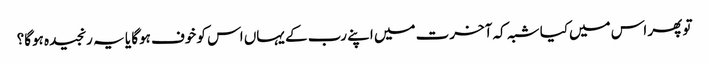
تو پھر اس میں‌کیا شبہ کہ آخرت میں اپنے رب کے یہاں اس کو خوف ہوگا یا یہ رنجیدہ ہوگا؟